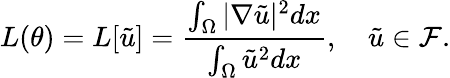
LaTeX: L(\theta)=L[\tilde{u}]=\frac{\int_{\Omega}|\nabla\tilde{u}|^{2}dx}{\int_{\Omega}\tilde{u}^{2}dx},\quad\tilde{u}\in\mathcal{F}.